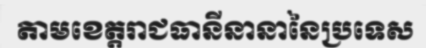
តាមខេត្តរាជធានីនានានៃប្រទេស